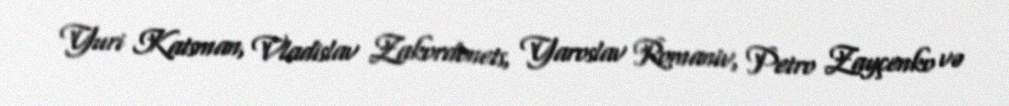
Yuri Katsman, Vladislav Zakordonets, Yaroslav Romaniv, Petro Zayçenko və